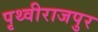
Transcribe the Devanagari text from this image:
पृथ्वीराजपुर